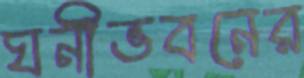
ঘনীভবনের